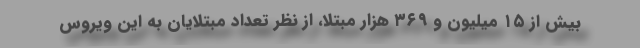
بیش از ۱۵ میلیون و ۳۶۹ هزار مبتلا، از نظر تعداد مبتلایان به این ویروس